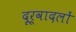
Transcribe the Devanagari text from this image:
दूर्वादलों